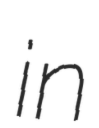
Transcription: in